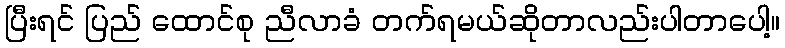
ပြီးရင် ပြည် ထောင်စု ညီလာခံ တက်ရမယ်ဆိုတာလည်းပါတာပေါ့။